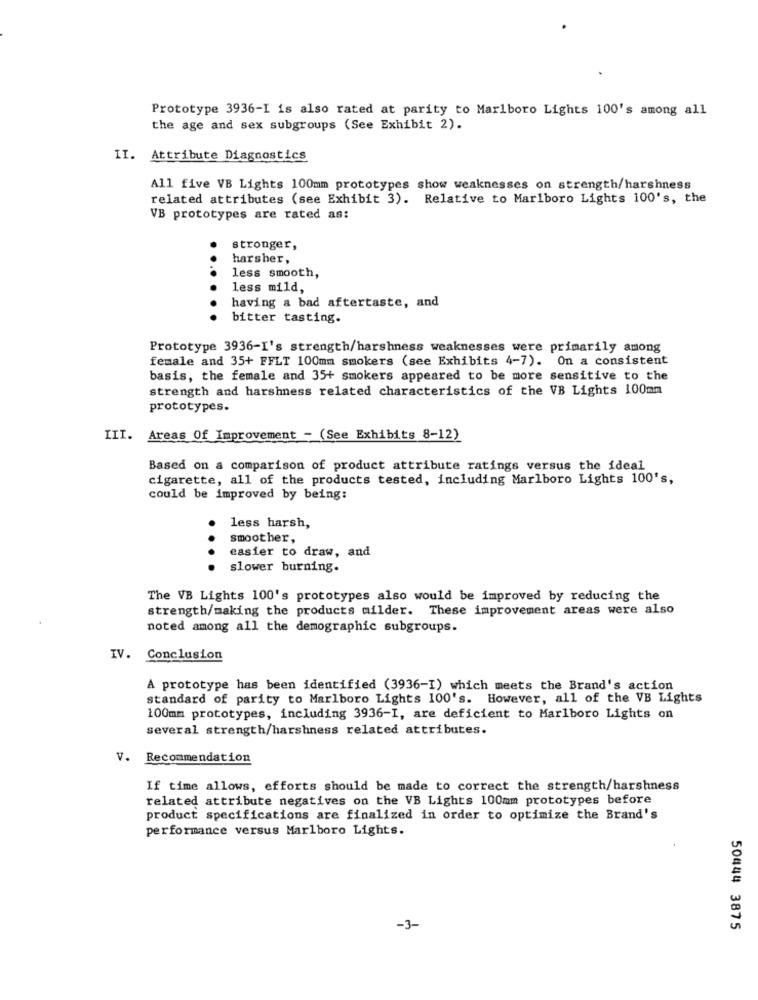
Prototype 3936-I is also rated at parity to Marlboro Lights 100's among all
the age and sex subgroups (See Exhibit 2).
II. Attribute Diagnostics
All five VB Lights 100mm prototypes show weaknesses on strength/harshness
related attributes (see Exhibit 3). Relative to Marlboro Lights 100's, the
VB prototypes are rated as:
stronger,
harsher,
less smooth,
less mild,
having a bad aftertaste, and
bitter tasting.
Prototype 3936-I's strength/harshness weaknesses were primarily among
female and 35+ FFLT 100mm smokers (see Exhibits 4-7). On a consistent
basis, the female and 35+ smokers appeared to be more sensitive to the
strength and harshness related characteristics of the VB Lights 100mm
prototypes.
III. Areas Of Improvement - (See Exhibits 8-12)
Based on a comparison of product attribute ratings versus the ideal
cigarette, all of the products tested, including Marlboro Lights 100's,
could be improved by being:
less harsh,
smoother,
easier to draw, and
..
slower burning.
The VB Lights 100's prototypes also would be improved by reducing the
strength/making the products milder. These improvement areas were also
noted among all the demographic subgroups.
IV. Conclusion
A prototype has been identified (3936-I) which meets the Brand's action
standard of parity to Marlboro Lights 100's. However, all of the VB Lights
100mm prototypes, including 3936-I, are deficient to Marlboro Lights on
several strength/harshness related attributes.
. Recommendation
If time allows, efforts should be made to correct the strength/harshness
related attribute negatives on the VB Lights 100mm prototypes before
product specifications are finalized in order to optimize the Brand's
performance versus Marlboro Lights.
-3-
50444 3875